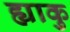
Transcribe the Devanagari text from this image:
ह्याकु